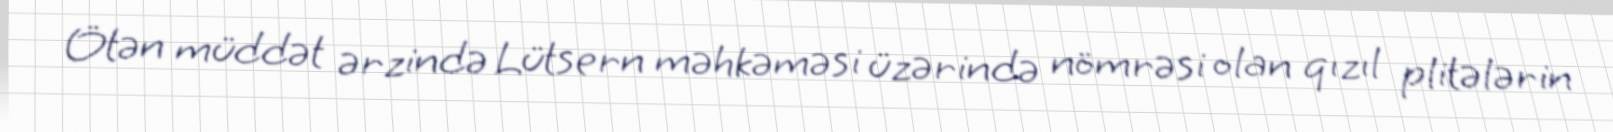
Ötən müddət ərzində Lütsern məhkəməsi üzərində nömrəsi olan qızıl plitələrin